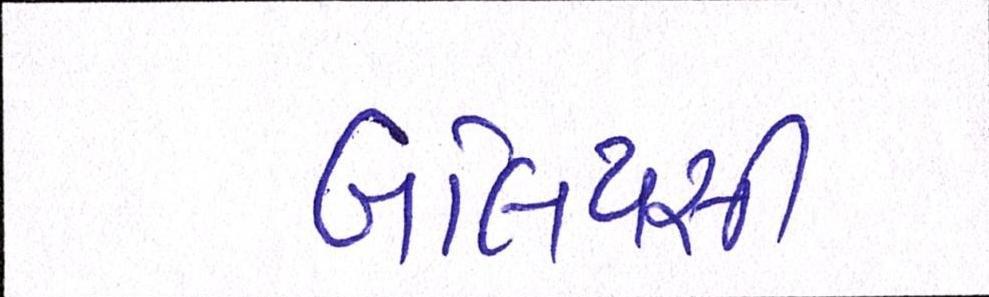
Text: બલિયસી